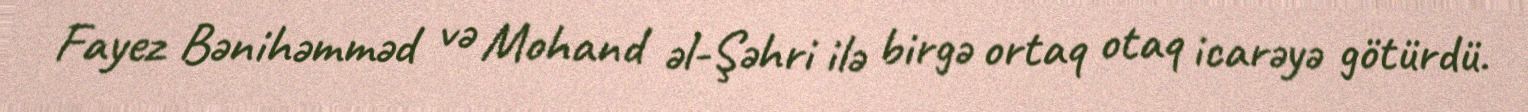
Fayez Bənihəmməd və Mohand əl-Şəhri ilə birgə ortaq otaq icarəyə götürdü.